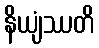
နိယျံဿတိ